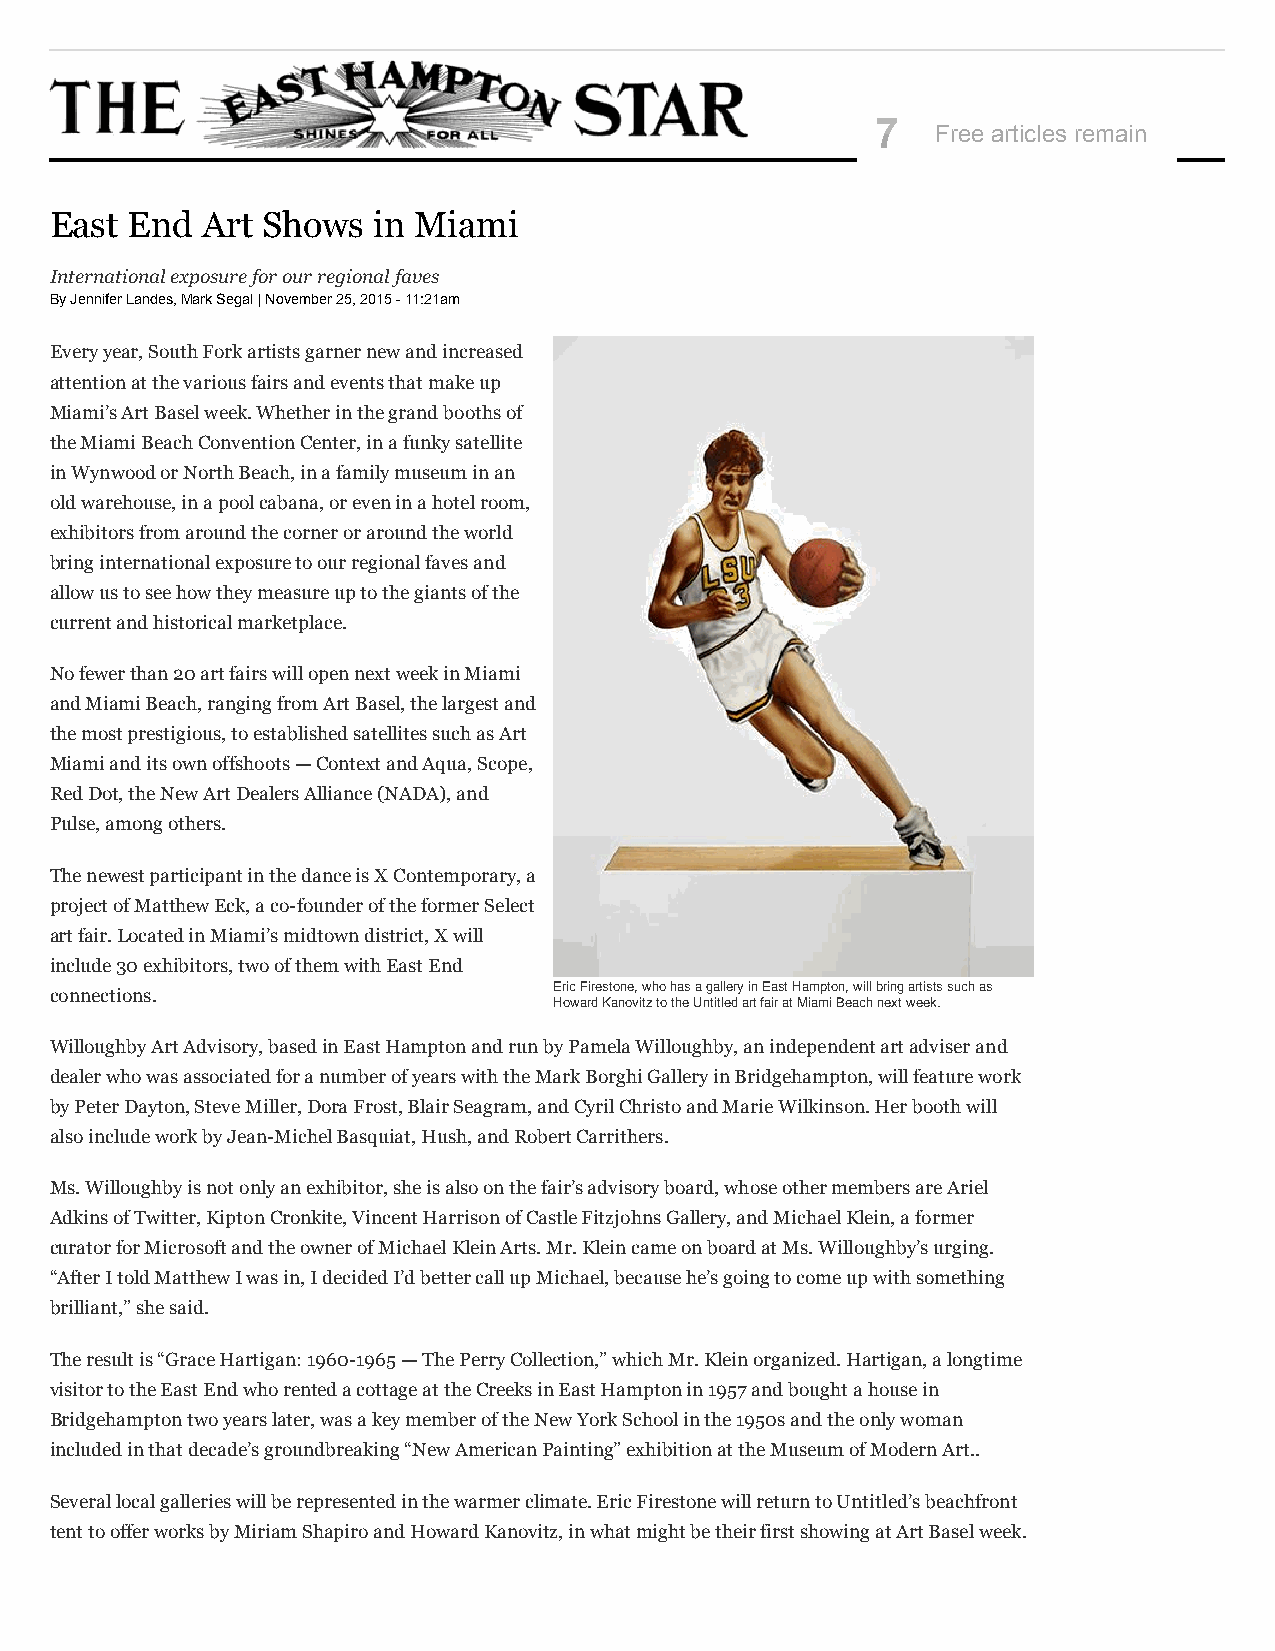
7
 Free articles remain
 East End  Art Shows   in Miami
 International exposure for our regional faves
 By Jennifer Landes, Mark Segal | November 25, 2015 - 11:21am
 Every year, South Fork artists garner new and increased
 attention at the various fairs and events that make up
 Miami’s Art Basel week. Whether in the grand booths of
 the Miami Beach Convention Center, in a funky satellite
 in Wynwood or North Beach, in a family museum in an
 old warehouse, in a pool cabana, or even in a hotel room,
 exhibitors from around the corner or around the world
 bring international exposure to our regional faves and
 allow us to see how they measure up to the giants of the
 current and historical marketplace.
 No fewer than 20 art fairs will open next week in Miami
 and Miami Beach, ranging from Art Basel, the largest and
 the most prestigious, to established satellites such as Art
 Miami and its own offshoots — Context and Aqua, Scope,
 Red Dot, the New Art Dealers Alliance (NADA), and
 Pulse, among others.
 The newest participant in the dance is X Contemporary, a
 project of Mat​thew Eck, a co-founder of the former Select
 art fair. Located in Miami’s midtown district, X will
 include 30 exhibitors, two of them with East End
 connections.                      Eric Firestone, who has a gallery in East Hampton, will bring artists such as
 Howard Kanovitz to the Untitled art fair at Miami Beach next week.
 Willoughby Art Advisory, based in East Hampton and run by Pamela Willoughby, an independent art adviser and
 dealer who was associated for a number of years with the Mark Borghi Gallery in Bridgehampton, will feature work
 by Peter Dayton, Steve Miller, Dora Frost, Blair Seagram, and Cyril Christo and Marie Wilkinson. Her booth will
 also include work by Jean-Michel Basquiat, Hush, and Robert Carrithers.
 Ms. Willoughby is not only an exhibitor, she is also on the fair’s advisory board, whose other members are Ariel
 Adkins of Twitter, Kipton Cronkite, Vincent Harrison of Castle Fitzjohns Gallery, and Michael Klein, a former
 curator for Microsoft and the owner of Michael Klein Arts. Mr. Klein came on board at Ms. Willoughby’s urging.
 “After I told Matthew I was in, I decided I’d better call up Michael, because he’s going to come up with something
 brilliant,” she said.
 The result is “Grace Hartigan: 1960-1965 — The Perry Collection,” which Mr. Klein organized. Hartigan, a longtime
 visitor to the East End who rented a cottage at the Creeks in East Hampton in 1957 and bought a house in
 Bridgehampton two years later, was a key member of the New York School in the 1950s and the only woman
 included in that decade’s groundbreaking “New American Painting” exhibition at the Museum of Modern Art..
 Several local galleries will be represented in the warmer climate. Eric Firestone will return to Untitled’s beachfront
 tent to offer works by Miriam Shapiro and Howard Kanovitz, in what might be their first showing at Art Basel week.